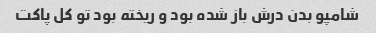
شامپو بدن درش باز شده بود و ریخته بود تو کل پاکت